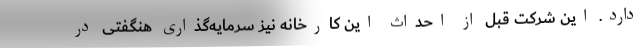
دارد. این شرکت قبل از احداث این کارخانه نیز سرمایه‌گذاری هنگفتی در